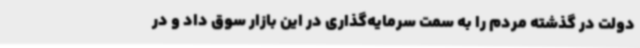
دولت در گذشته مردم را به سمت سرمایه‌گذاری در این بازار سوق داد و در